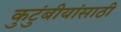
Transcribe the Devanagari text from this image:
कुटुंबीयांसाठी